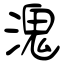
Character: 溾